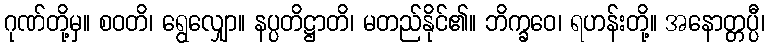
ဂုဏ်တို့မှ။ စဝတိ၊ ရွေလျှော။ နပ္ပတိဋ္ဌာတိ၊ မတည်နိုင်၏။ ဘိက္ခဝေ၊ ရဟန်းတို့။ အနောတ္တပ္ပီ၊